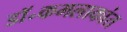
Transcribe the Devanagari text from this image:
डॉ॰कमलाकांत